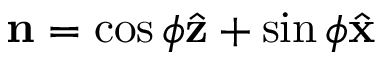
\mathbf { n } = \cos { \phi } \hat { \mathbf { z } } + \sin { \phi } \hat { \mathbf { x } }